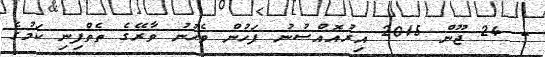
- 24 ޖޫން 2015 އިރުއޮއްސުނު ފަހުން ވެހުނު ވާރޭގެ ތެތްފިނި ކަމުގެ